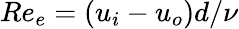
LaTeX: Re_{e}=(u_{i}-u_{o})d/\nu